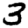
Digit: 3